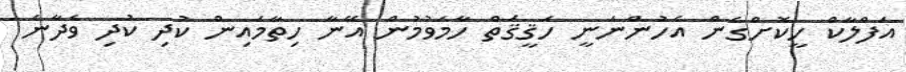
އަފްލާކް ހީކޮށްގެން އެހުންނަނީ ހަޤީޤަތް ހާމަވުމުން އޭނާ ހިތާމައިން ކުދި ކުދި ވެދާނެ